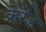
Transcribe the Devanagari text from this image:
क्रेरेंड